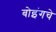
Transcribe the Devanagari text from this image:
बोइंगचे